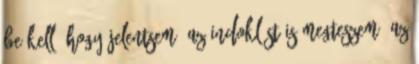
be kell, hogy jelentsem. Az indoklást is megteszem. Az